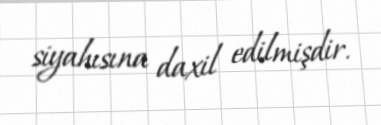
siyahısına daxil edilmişdir.